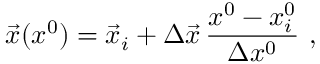
\vec { x } ( x ^ { 0 } ) = \vec { x } _ { i } + \Delta \vec { x } \, \frac { x ^ { 0 } - x _ { i } ^ { 0 } } { \Delta x ^ { 0 } } \ ,